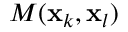
M ( \mathbf { x } _ { k } , \mathbf { x } _ { l } )